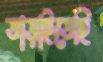
তাড়াইতেছি